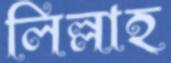
লিল্লাহ্